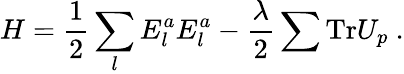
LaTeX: H={\frac{1}{2}}\sum_{l}E_{l}^{a}E_{l}^{a}-{\frac{\lambda}{2}}\sum\mathrm{Tr}U_{p}~.